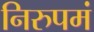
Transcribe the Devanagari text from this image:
निरुपमं